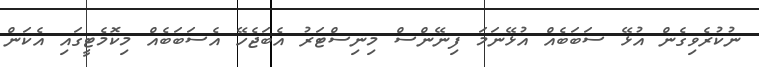
ނުކުރެވިގެން އުޅޭ ސަބަބެއް އުޅޭނަމަ ފިނޭންސް މިނިސްޓަރު އެބަޖެހޭ އެސަބަބެއް މިކޮމެޓީގައި އެކަން